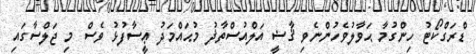
ޑްރަގްކޯޓު ހިންގުމާ ޙަވާލުވެހުންނެވި ޤާޟީ އަލްއުސްތާޛު މުޙައްމަދު ޢީސާފުޅު ވެސް މި ޖަލްސާގައި